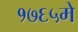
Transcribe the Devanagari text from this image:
१७६५मे